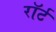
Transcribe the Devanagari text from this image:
रॉर्ट